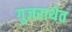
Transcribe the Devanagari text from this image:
गुजराथेत